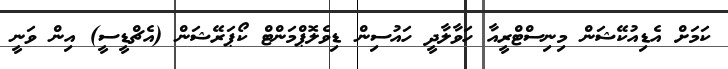
ކަމަށް އެޑިއުކޭޝަން މިނިސްޓްރީއާ ހަވާލާދީ ހައުސިން ޑިވެލޮޕްމަންޓް ކޯޕަރޭޝަން (އެޗްޑީސީ) އިން ވަނީ